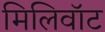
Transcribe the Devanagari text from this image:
मिलिवॉट